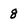
Character: 8